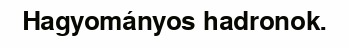
Hagyományos hadronok.